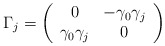
\begin{align*}\Gamma_j =\left(\begin{array}{cc} 0&-\gamma_0\gamma_j\\\gamma_0\gamma_j&0\end{array}\right)\end{align*}